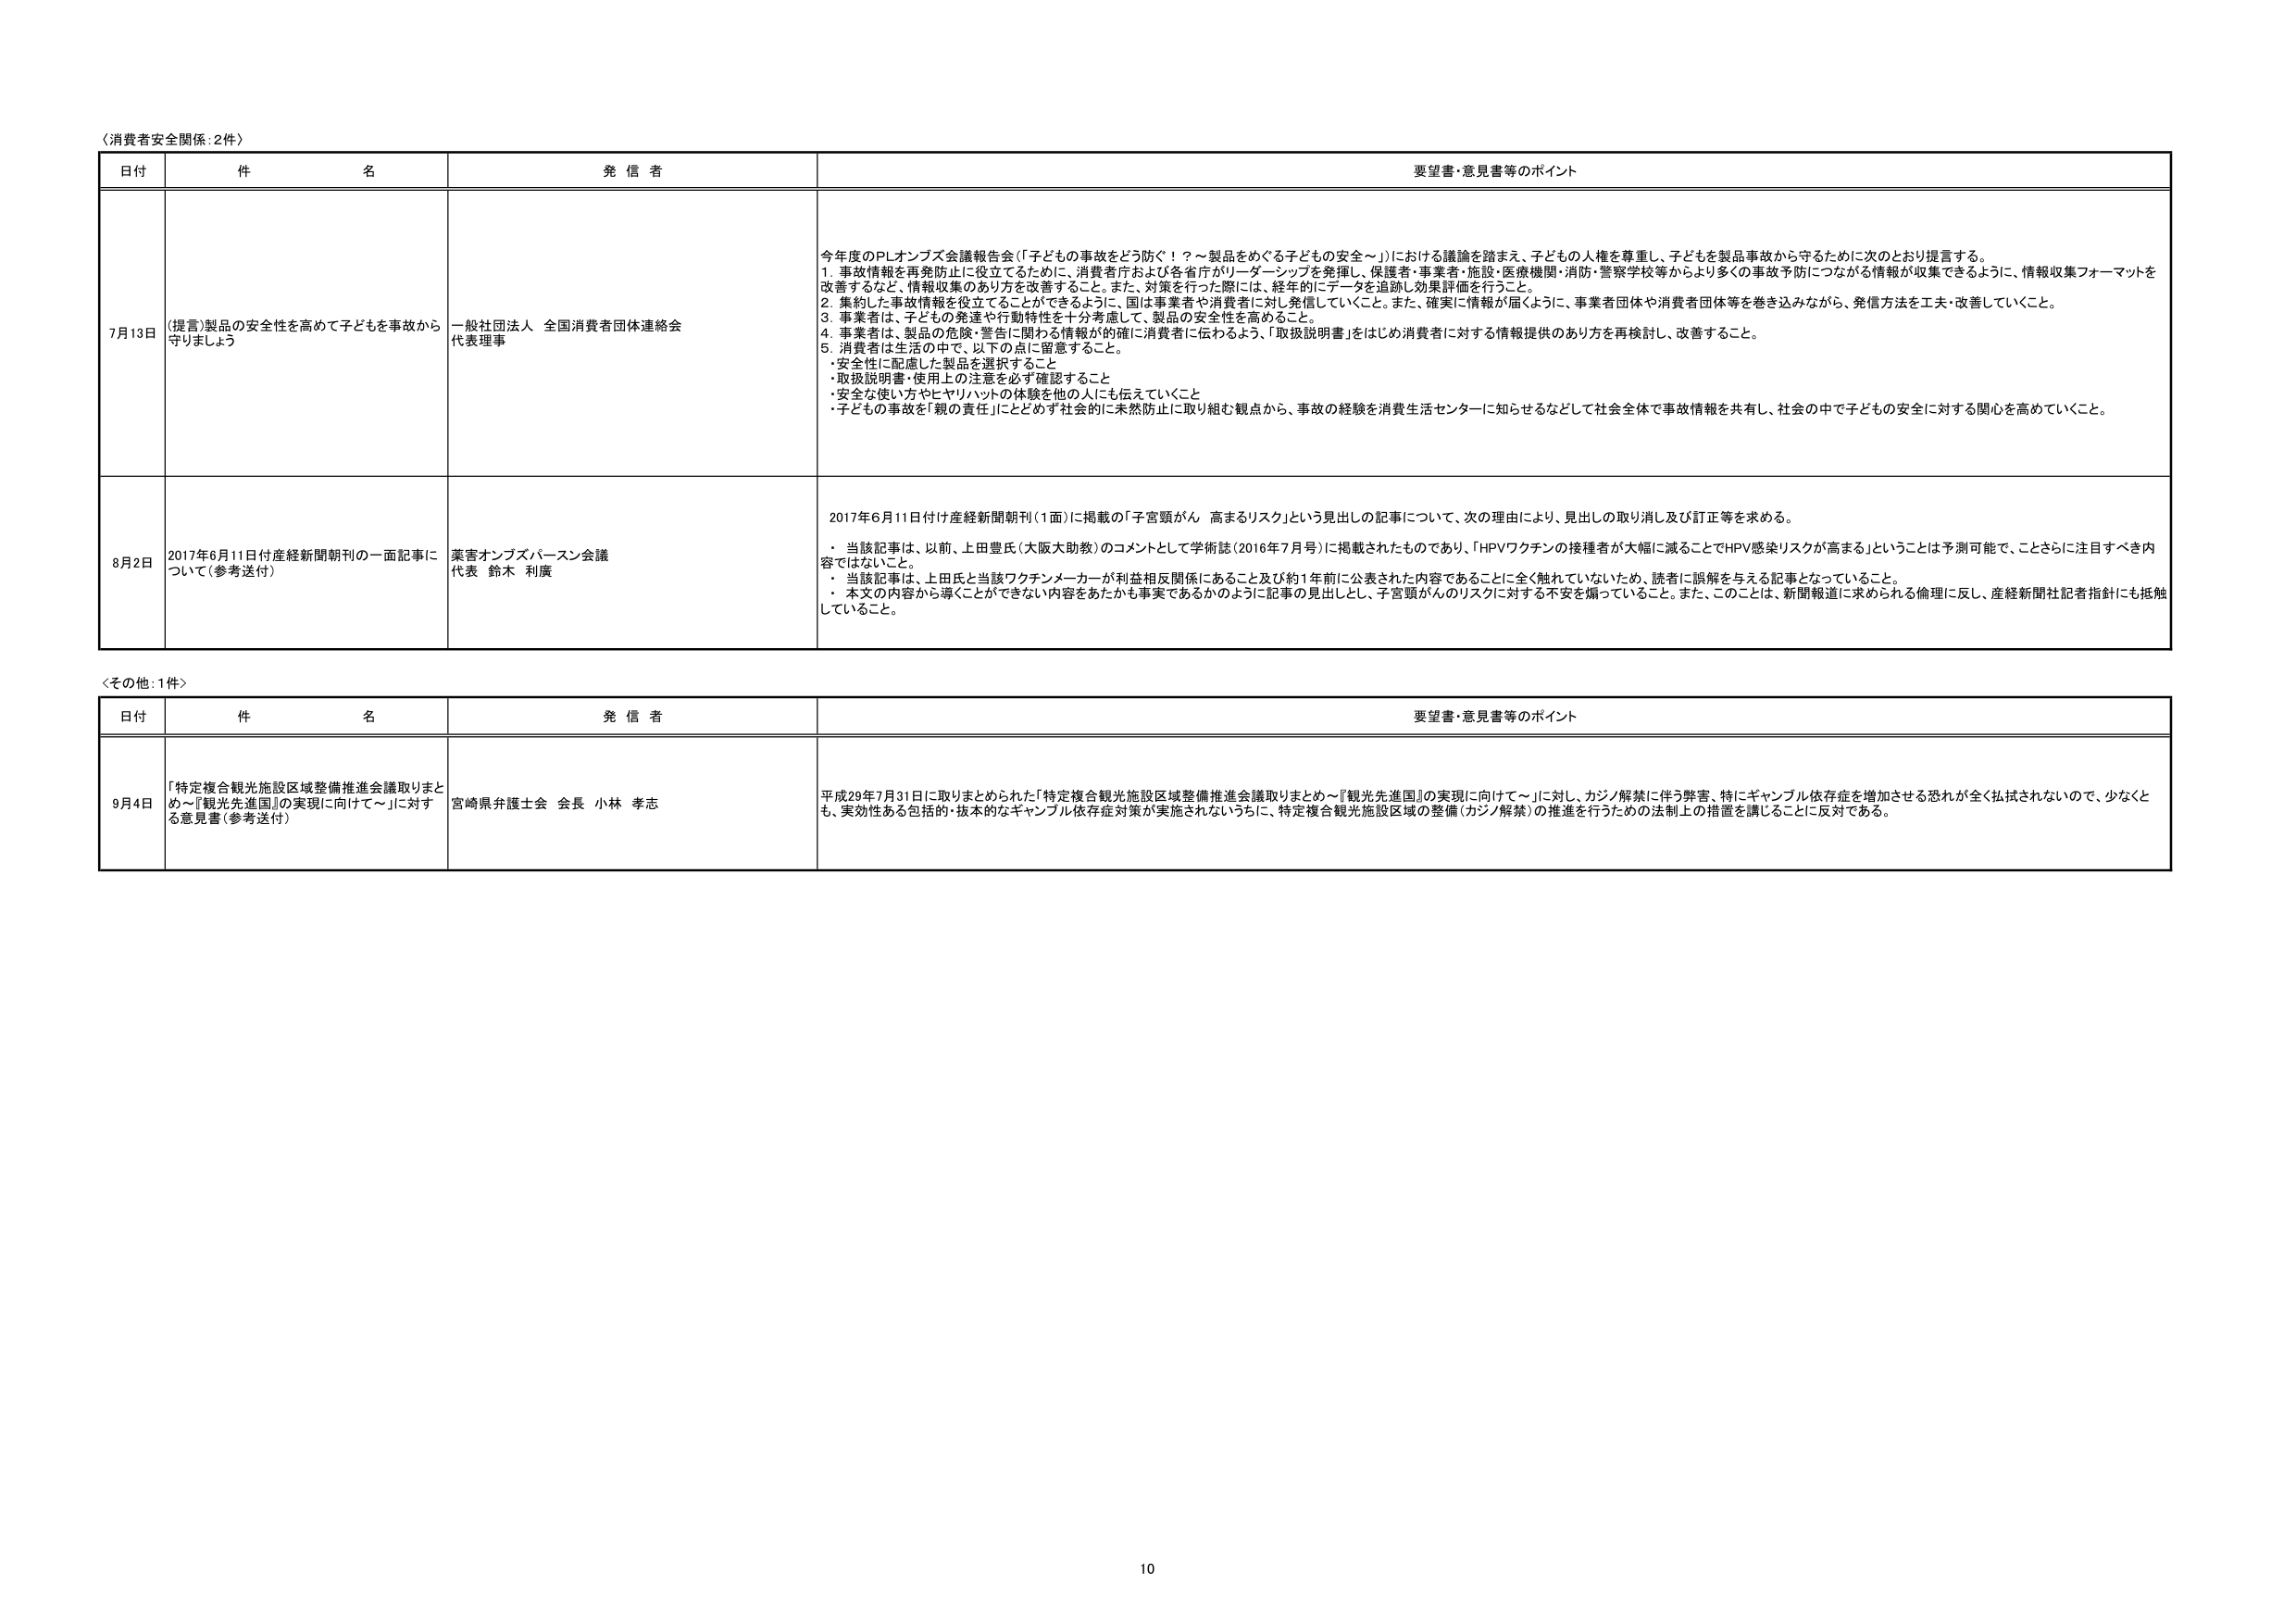
〈消費者安全関係：2件〉

日付 件 名 発信者 要望書・意見書等のポイント

7月13日 （提言）製品の安全性を高めて子どもを事故から守りましょう 一般社団法人 全国消費者団体連絡会 代表理事 今年度のPLオンブズ会議報告会（「子どもの事故をどう防ぐ！？～製品をめぐる子どもの安全～」）における議論を踏まえ、子どもの人権を尊重し、子どもを製品事故から守るために次のとおり提言する。
1. 事故情報を再発防止に役立てるために、消費者庁および各省庁がリーダーシップを発揮し、保護者・事業者・施設・医療機関・消防・警察学校等からより多くの事故予防につながる情報が収集できるように、情報収集フォーマットを改善するなど、情報収集のあり方を改善すること。また、対策を行った際には、経年にデータを追跡し効果評価を行うこと。
2. 集約した事故情報を役立てることができるように、国は事業者や消費者に対し発信していくこと。また、確実に情報が届くように、事業者団体や消費者団体等を巻き込みながら、発信方法を工夫・改善していくこと。
3. 事業者は、子どもの発達や行動特性を十分考慮して、製品の安全性を高めること。
4. 事業者は、製品の危険・警告に関わる情報が的確に消費者に伝わるよう、「取扱説明書」をはじめ消費者に対する情報提供のあり方を再検討し、改善すること。
5. 消費者は生活の中で、以下の点に留意すること。
・安全性に配慮した製品を選択すること
・取扱説明書・使用上の注意を必ず確認すること
・安全な使い方やヒヤリハットの体験を他の人にも伝えていくこと
・子どもの事故を「親の責任」にとどめず社会的に未然防止に取り組む観点から、事故の経験を消費生活センターに知らせるなどして社会全体で事故情報を共有し、社会の中で子どもの安全に対する関心を高めていくこと。

8月2日 2017年6月11日付産経新聞朝刊の一面記事について（参考送付） 薬害オンブズパーソン会議 代表 鈴木 利廣 2017年6月11日付け産経新聞朝刊（1面）に掲載の「子宮頸がん 高まるリスク」という見出しの記事について、次の理由により、見出しの取り消し及び訂正等を求める。
・ 当該記事は、以前、上田豊氏（大阪大助教）のコメントとして学術誌（2016年7月号）に掲載されたものであり、「HPVワクチンの接種者が大幅に減ることでHPV感染リスクが高まる」ということは予測可能で、ことさらに注目すべき内容ではないこと。
・ 当該記事は、上田氏と当該ワクチンメーカーが利益相反関係にあること及び約1年前に公表された内容であることに全く触れていないため、読者に誤解を与える記事となっていること。
・ 本文の内容から導くことができない内容をあたかも事実であるかのように記事の見出しとし、子宮頸がんのリスクに対する不安を煽っていること。また、このことは、新聞報道に求められる倫理に反し、産経新聞社記者指針にも抵触していること。

〈その他：1件〉

日付 件 名 発信者 要望書・意見書等のポイント

9月4日 「特定複合観光施設区域整備推進会議取りまとめ～『観光先進国』の実現に向けて～」に対する意見書（参考送付） 宮崎県弁護士会 会長 小林 孝志 平成29年7月31日に取りまとめられた「特定複合観光施設区域整備推進会議取りまとめ～『観光先進国』の実現に向けて～」に対し、カジノ解禁に伴う弊害、特にギャンブル依存症を増加させる恐れが全く払拭されないので、少なくとも、実効性ある包括的・抜本的なギャンブル依存症対策が実施されないうちに、特定複合観光施設区域の整備（カジノ解禁）の推進を行うための法制上の措置を講じることに反対である。

10